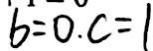
b = 0 . c = 1